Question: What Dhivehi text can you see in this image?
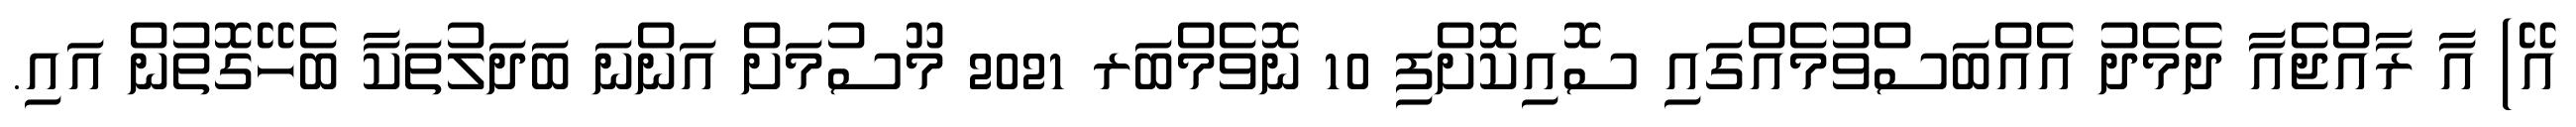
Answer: އޭ) އާ ރާއްޖެއާ ދެމެދު އެއްބަސްވުމެއްގައި ސޮއިކޮށްފި 10 ނޮވެމްބަރ 2021 މޫސުމަށް އަންނަ ބަދަލުތަކާ ބެހޭގޮތުން އައި.